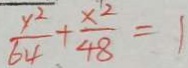
\frac { y ^ { 2 } } { 6 4 } + \frac { x ^ { 2 } } { 4 8 } = 1